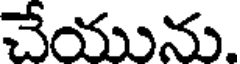
చేయును.